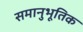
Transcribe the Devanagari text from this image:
समानुभूतिक